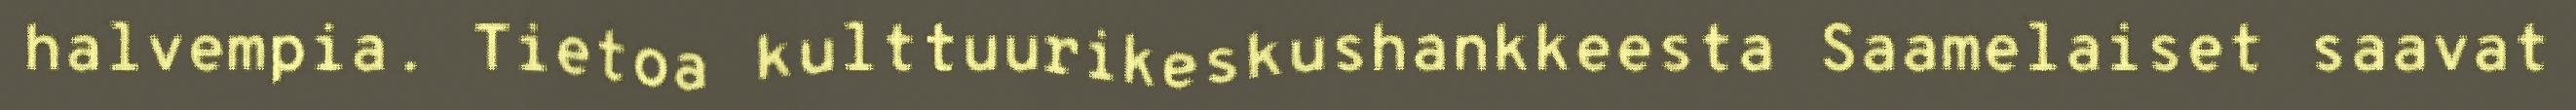
halvempia. Tietoa kulttuurikeskushankkeesta Saamelaiset saavat